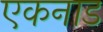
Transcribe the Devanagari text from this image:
एकनाड